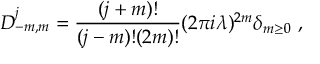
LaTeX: D _ { - m , m } ^ { j } = { \frac { ( j + m ) ! } { ( j - m ) ! ( 2 m ) ! } } ( 2 \pi i \lambda ) ^ { 2 m } \delta _ { m \geq 0 } ~ ,